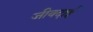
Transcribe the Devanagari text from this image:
जीवदाई